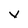
Character: v